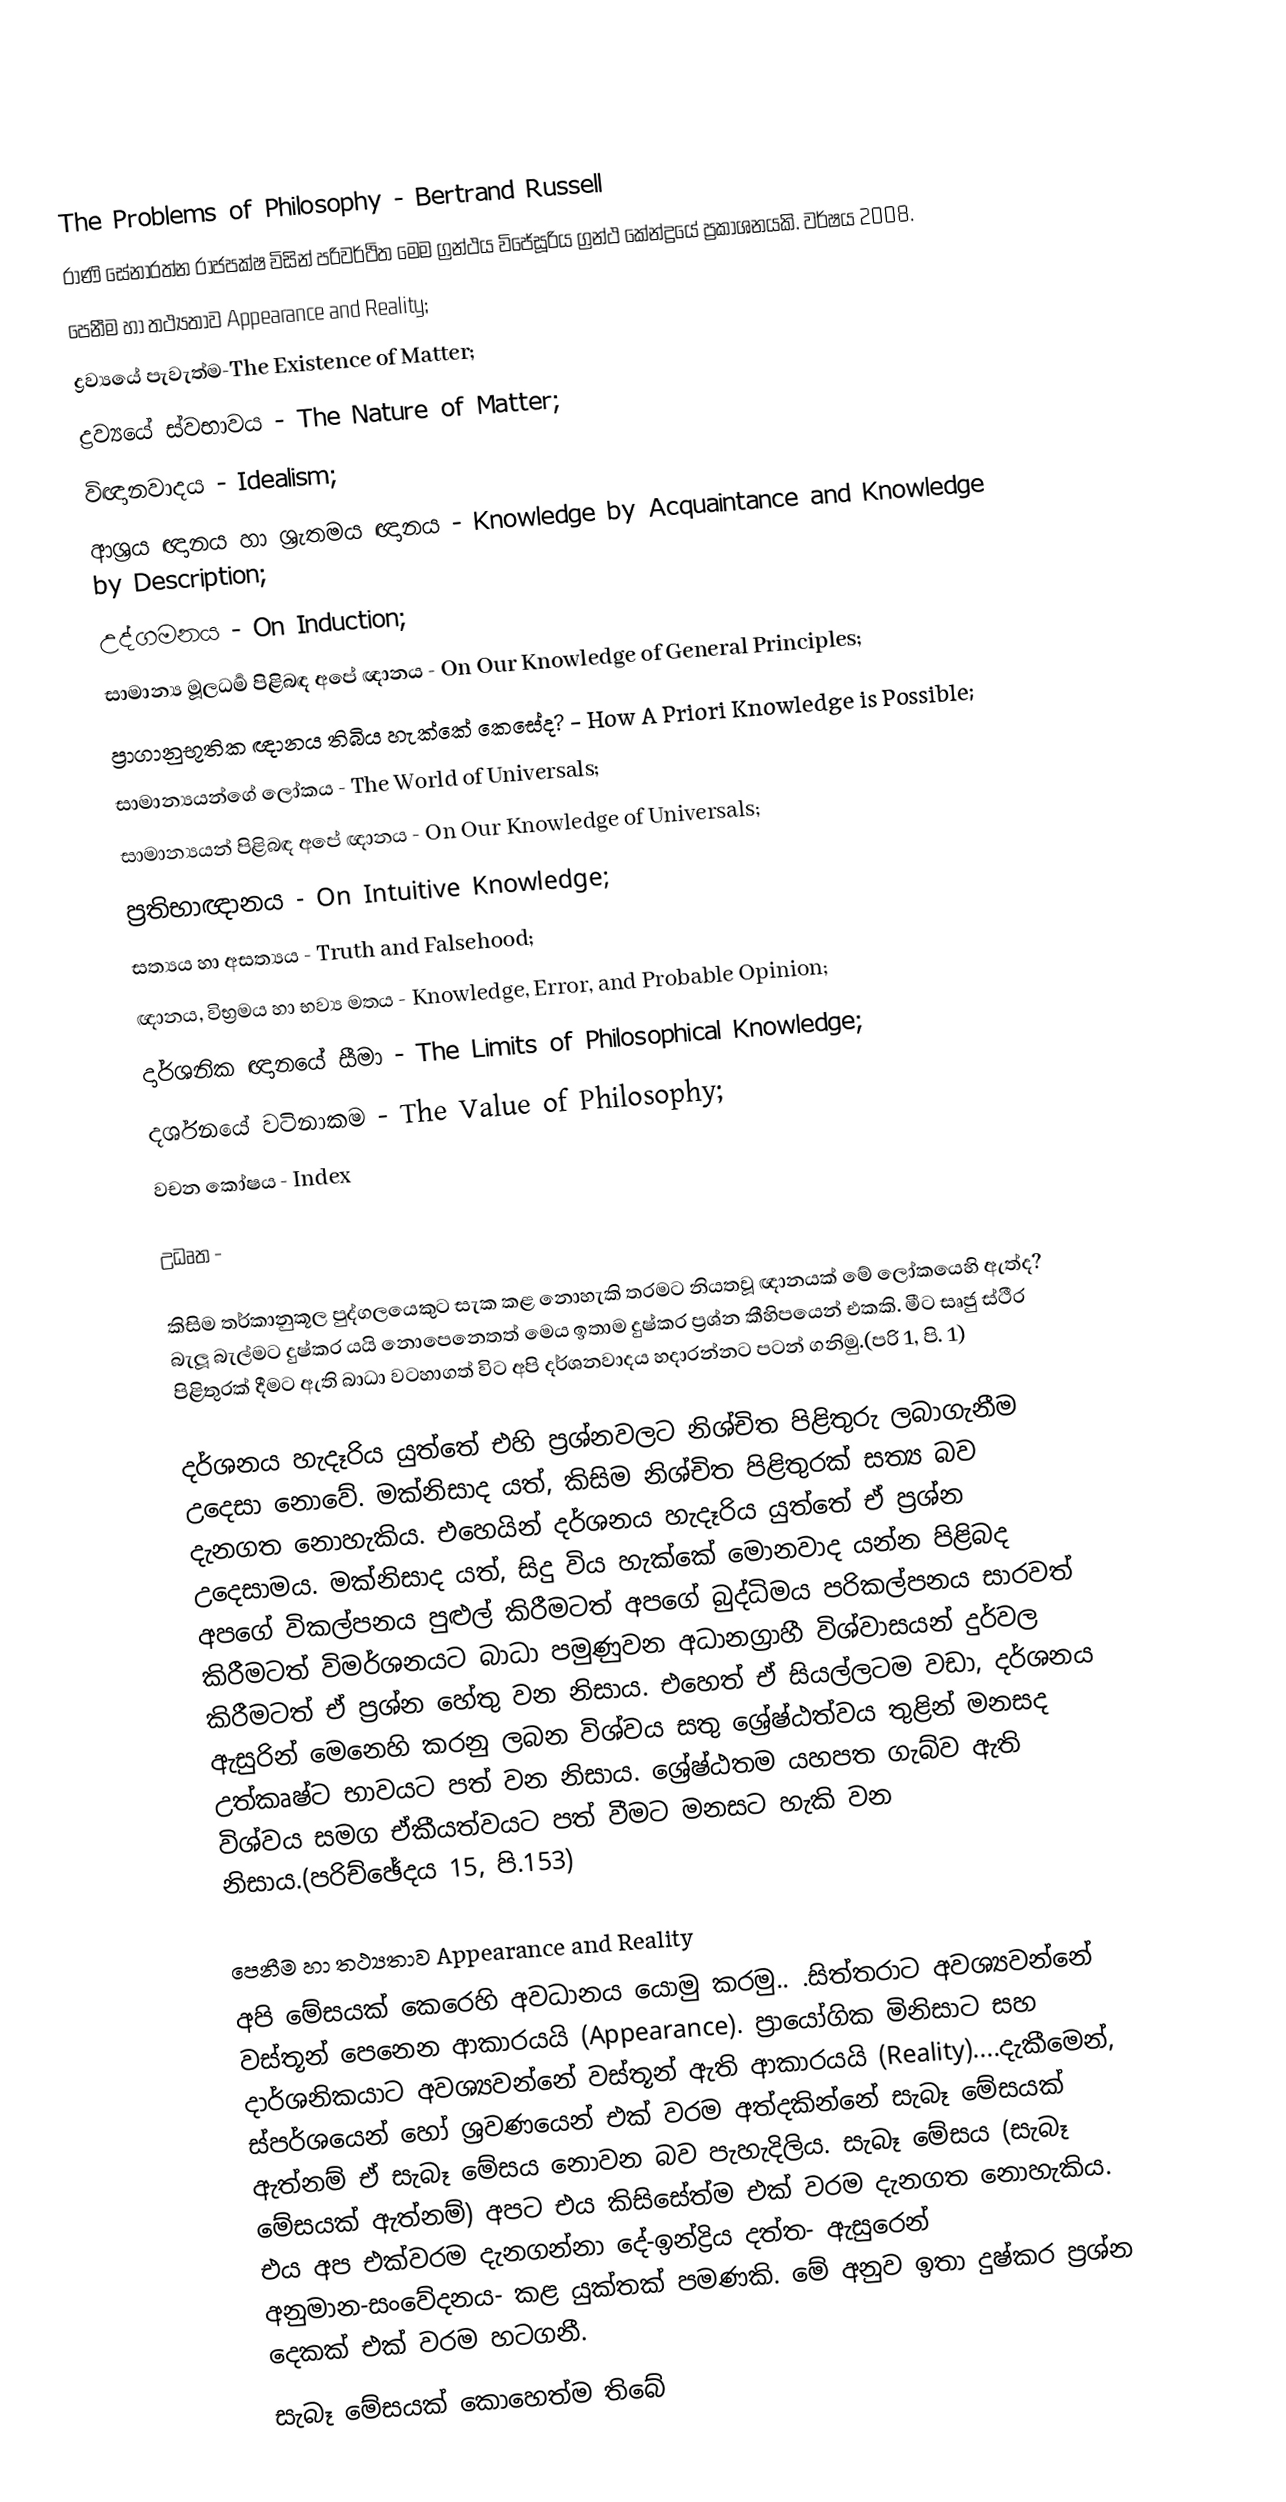

The Problems of Philosophy - Bertrand Russell
රාණි සේනාරත්න රාජපක්ෂ විසින් පරිවර්ථිත මෙම ග්‍රන්ථය විජේසූරිය ග්‍රන්ථ කේන්ද්‍රයේ ප්‍රකාශනයකි. වර්ෂය 2008.
 පෙනීම හා තථ්‍යතාව Appearance and Reality;
 ද්‍රව්‍යයේ පැවැත්ම-The Existence of Matter;
 ද්‍රව්‍යයේ ස්වභාවය - The Nature of Matter;
 විඥානවාදය - Idealism;
 ආශ්‍රය ඥානය හා ශ්‍රැතමය ඥානය -  Knowledge by Acquaintance and Knowledge by Description;
 උද්ගමනය -  On Induction;
 සාමාන්‍ය මූලධර්‍ම පිළිබඳ අපේ ඥානය -  On Our Knowledge of General Principles;
 ප්‍රාගානුභූතික ඥානය තිබිය හැක්කේ කෙසේද? - How A Priori Knowledge is Possible;
 සාමාන්‍යයන්ගේ ලෝකය - The World of Universals;
 සාමාන්‍යයන් පිළිබඳ අපේ ඥානය - On Our Knowledge of Universals;
 ප්‍රතිභාඥානය -  On Intuitive Knowledge;
 සත්‍යය හා අසත්‍යය -  Truth and Falsehood;
 ඥානය, විභ්‍රමය හා භව්‍ය මතය -  Knowledge, Error, and Probable Opinion;
 දාර්ශනික ඥානයේ සීමා - The Limits of Philosophical Knowledge;
 දර්ශනයේ වටිනාකම -  The Value of Philosophy;
වචන කෝෂය - Index

උධෘත -

කිසිම තර්කානුකූල පුද්ගලයෙකුට සැක කළ නොහැකි තරමට නියතවූ ඥානයක් මේ ලෝකයෙහි ඇත්ද? බැලූ බැල්මට දුෂ්කර යයි නොපෙනෙතත් මෙය ඉතාම දුෂ්කර ප්‍රශ්න කීහිපයෙන් එකකි. මීට සෘජු ස්ථීර පිළිතුරක් දීමට ඇති බාධා වටහාගත් විට අපි දර්ශනවාදය හදාරන්නට පටන් ගනිමු.(පරි 1, පි. 1)

දර්ශනය හැදෑරිය යුත්තේ එහි ප්‍රශ්නවලට නිශ්චිත පිළිතුරු ලබාගැනීම උදෙසා නොවේ. මක්නිසාද යත්, කිසිම නිශ්චිත පිළිතුරක් සත්‍ය බව දැනගත නොහැකිය. එහෙයින් දර්ශනය හැදෑරිය යුත්තේ ඒ ප්‍රශ්න උදෙසාමය. මක්නිසාද යත්, සිදු විය හැක්කේ මොනවාද යන්න පිළිබද අපගේ විකල්පනය පුළුල් කිරීමටත් අපගේ බුද්ධිමය පරිකල්පනය සාරවත් කිරීමටත් විමර්ශනයට බාධා පමුණුවන අධානග්‍රාහී විශ්වාසයන් දුර්වල කිරීමටත් ඒ ප්‍රශ්න හේතු වන නිසාය. එහෙත් ඒ සියල්ලටම වඩා, දර්ශනය ඇසුරින් මෙනෙහි කරනු ලබන විශ්වය සතු ශ්‍රේෂ්ඨත්වය තුළින් මනසද උත්කෘෂ්ට භාවයට පත් වන නිසාය. ශ්‍රේෂ්ඨතම යහපත ගැබ්ව ඇති විශ්වය සමග ඒකීයත්වයට පත් වීමට මනසට හැකි වන නිසාය.(පරිච්ඡේදය 15, පි.153)

පෙනීම හා තථ්‍යතාව Appearance and Reality
අපි මේසයක් කෙරෙහි අවධානය යොමු කරමු.. .සිත්තරාට අවශ්‍යවන්නේ වස්තූන් පෙනෙන ආකාරයයි (Appearance). ප්‍රායෝගික මිනිසාට සහ දාර්ශනිකයාට අවශ්‍යවන්නේ වස්තූන් ඇති ආකාරයයි (Reality)....දැකීමෙන්, ස්පර්ශයෙන් හෝ ශ්‍රවණයෙන් එක් වරම අත්දකින්නේ සැබෑ මේසයක් ඇත්නම් ඒ සැබෑ මේසය නොවන බව පැහැදිලිය. සැබෑ මේසය (සැබෑ මේසයක් ඇත්නම්) අපට එය කිසිසේත්ම එක් වරම දැනගත නොහැකිය. එය අප එක්වරම දැනගන්නා දේ-ඉන්ද්‍රිය දත්ත- ඇසුරෙන් අනුමාන-සංවේදනය- කළ යුක්තක් පමණකි. මේ අනුව ඉතා දුෂ්කර ප්‍රශ්න දෙකක් එක් වරම හටගනී.
 සැබෑ මේසයක් කොහෙත්ම තිබේ